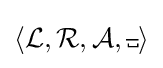
\langle {\mathcal {L}},{\mathcal {R}},{\mathcal {A}},{\overline {\mbox{\textvisiblespace} }}\rangle